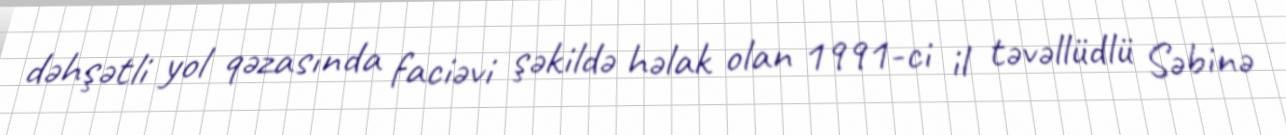
dəhşətli yol qəzasında faciəvi şəkildə həlak olan 1991-ci il təvəllüdlü Səbinə